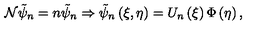
{ \cal N } \tilde { \psi } _ { n } = n \tilde { \psi } _ { n } \Rightarrow \tilde { \psi } _ { n } \left( \xi , \eta \right) = U _ { n } \left( \xi \right) \Phi \left( \eta \right) ,